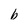
Character: b